Bréfritari: Ólafur Ólafsson
Viðtakandi: Jón Borgfirðingur
Dagsetning: A-1858-03-16
Skrifað á: Syðra-Vallholti  Skag.

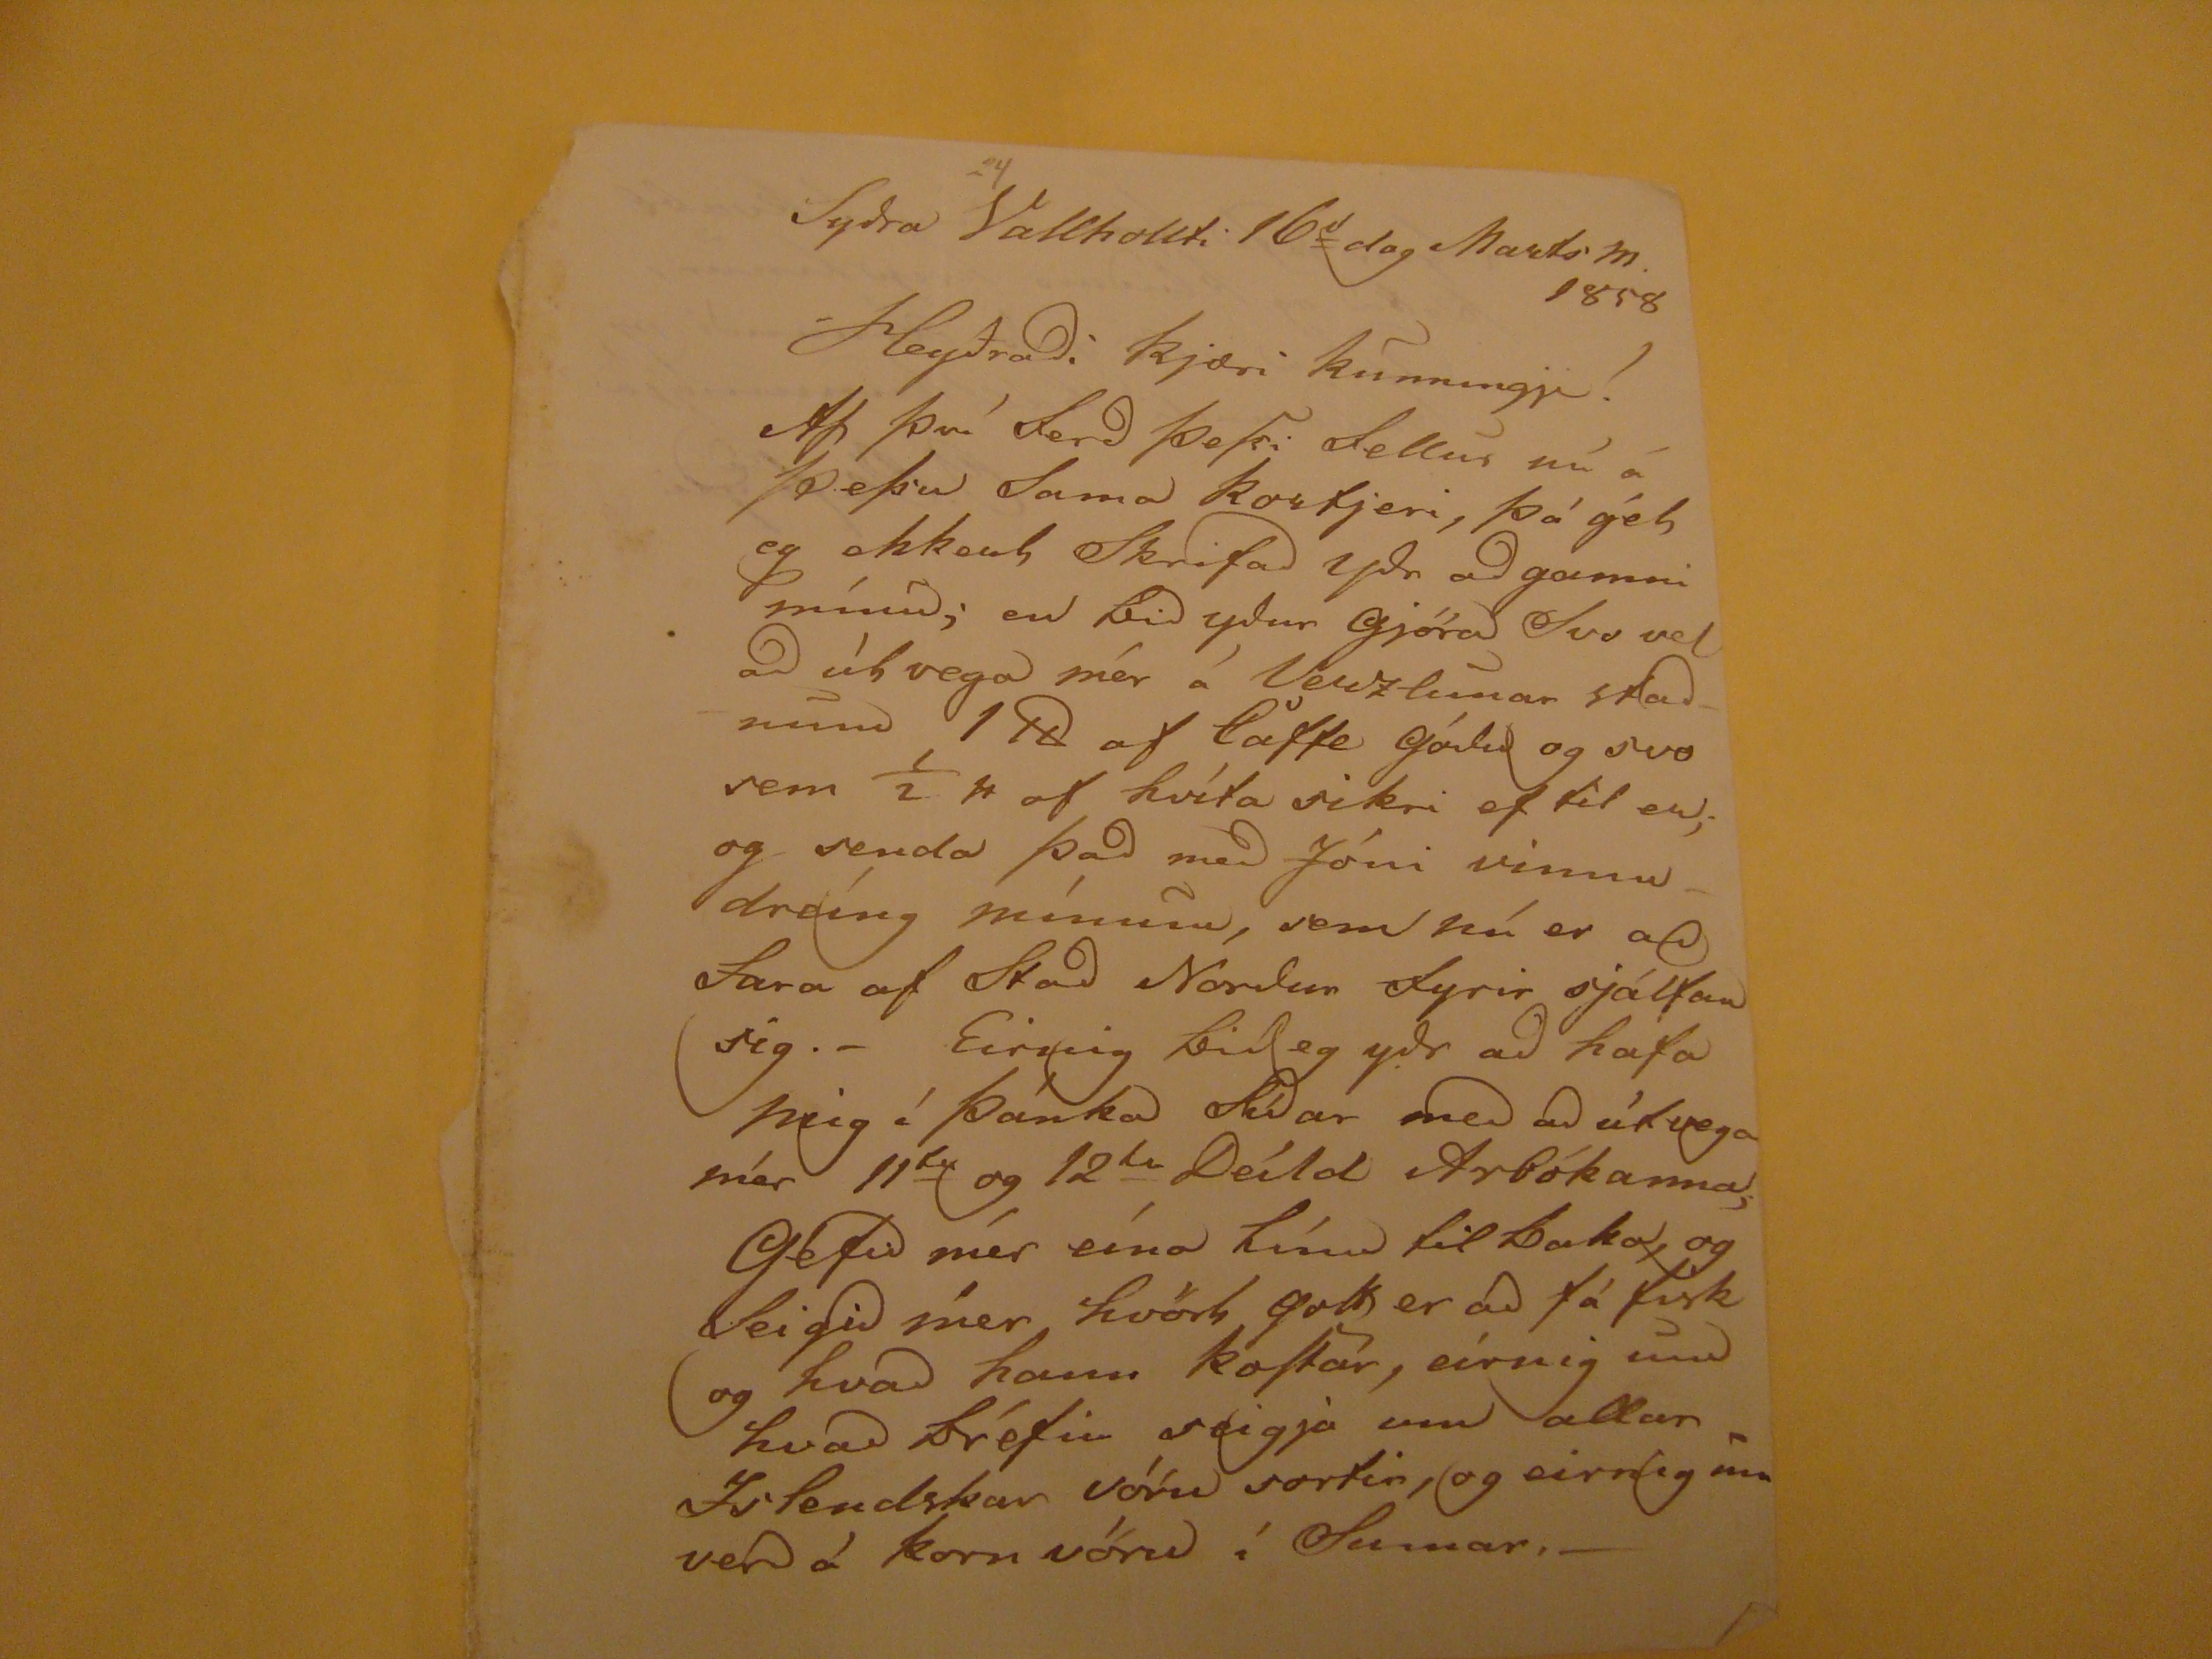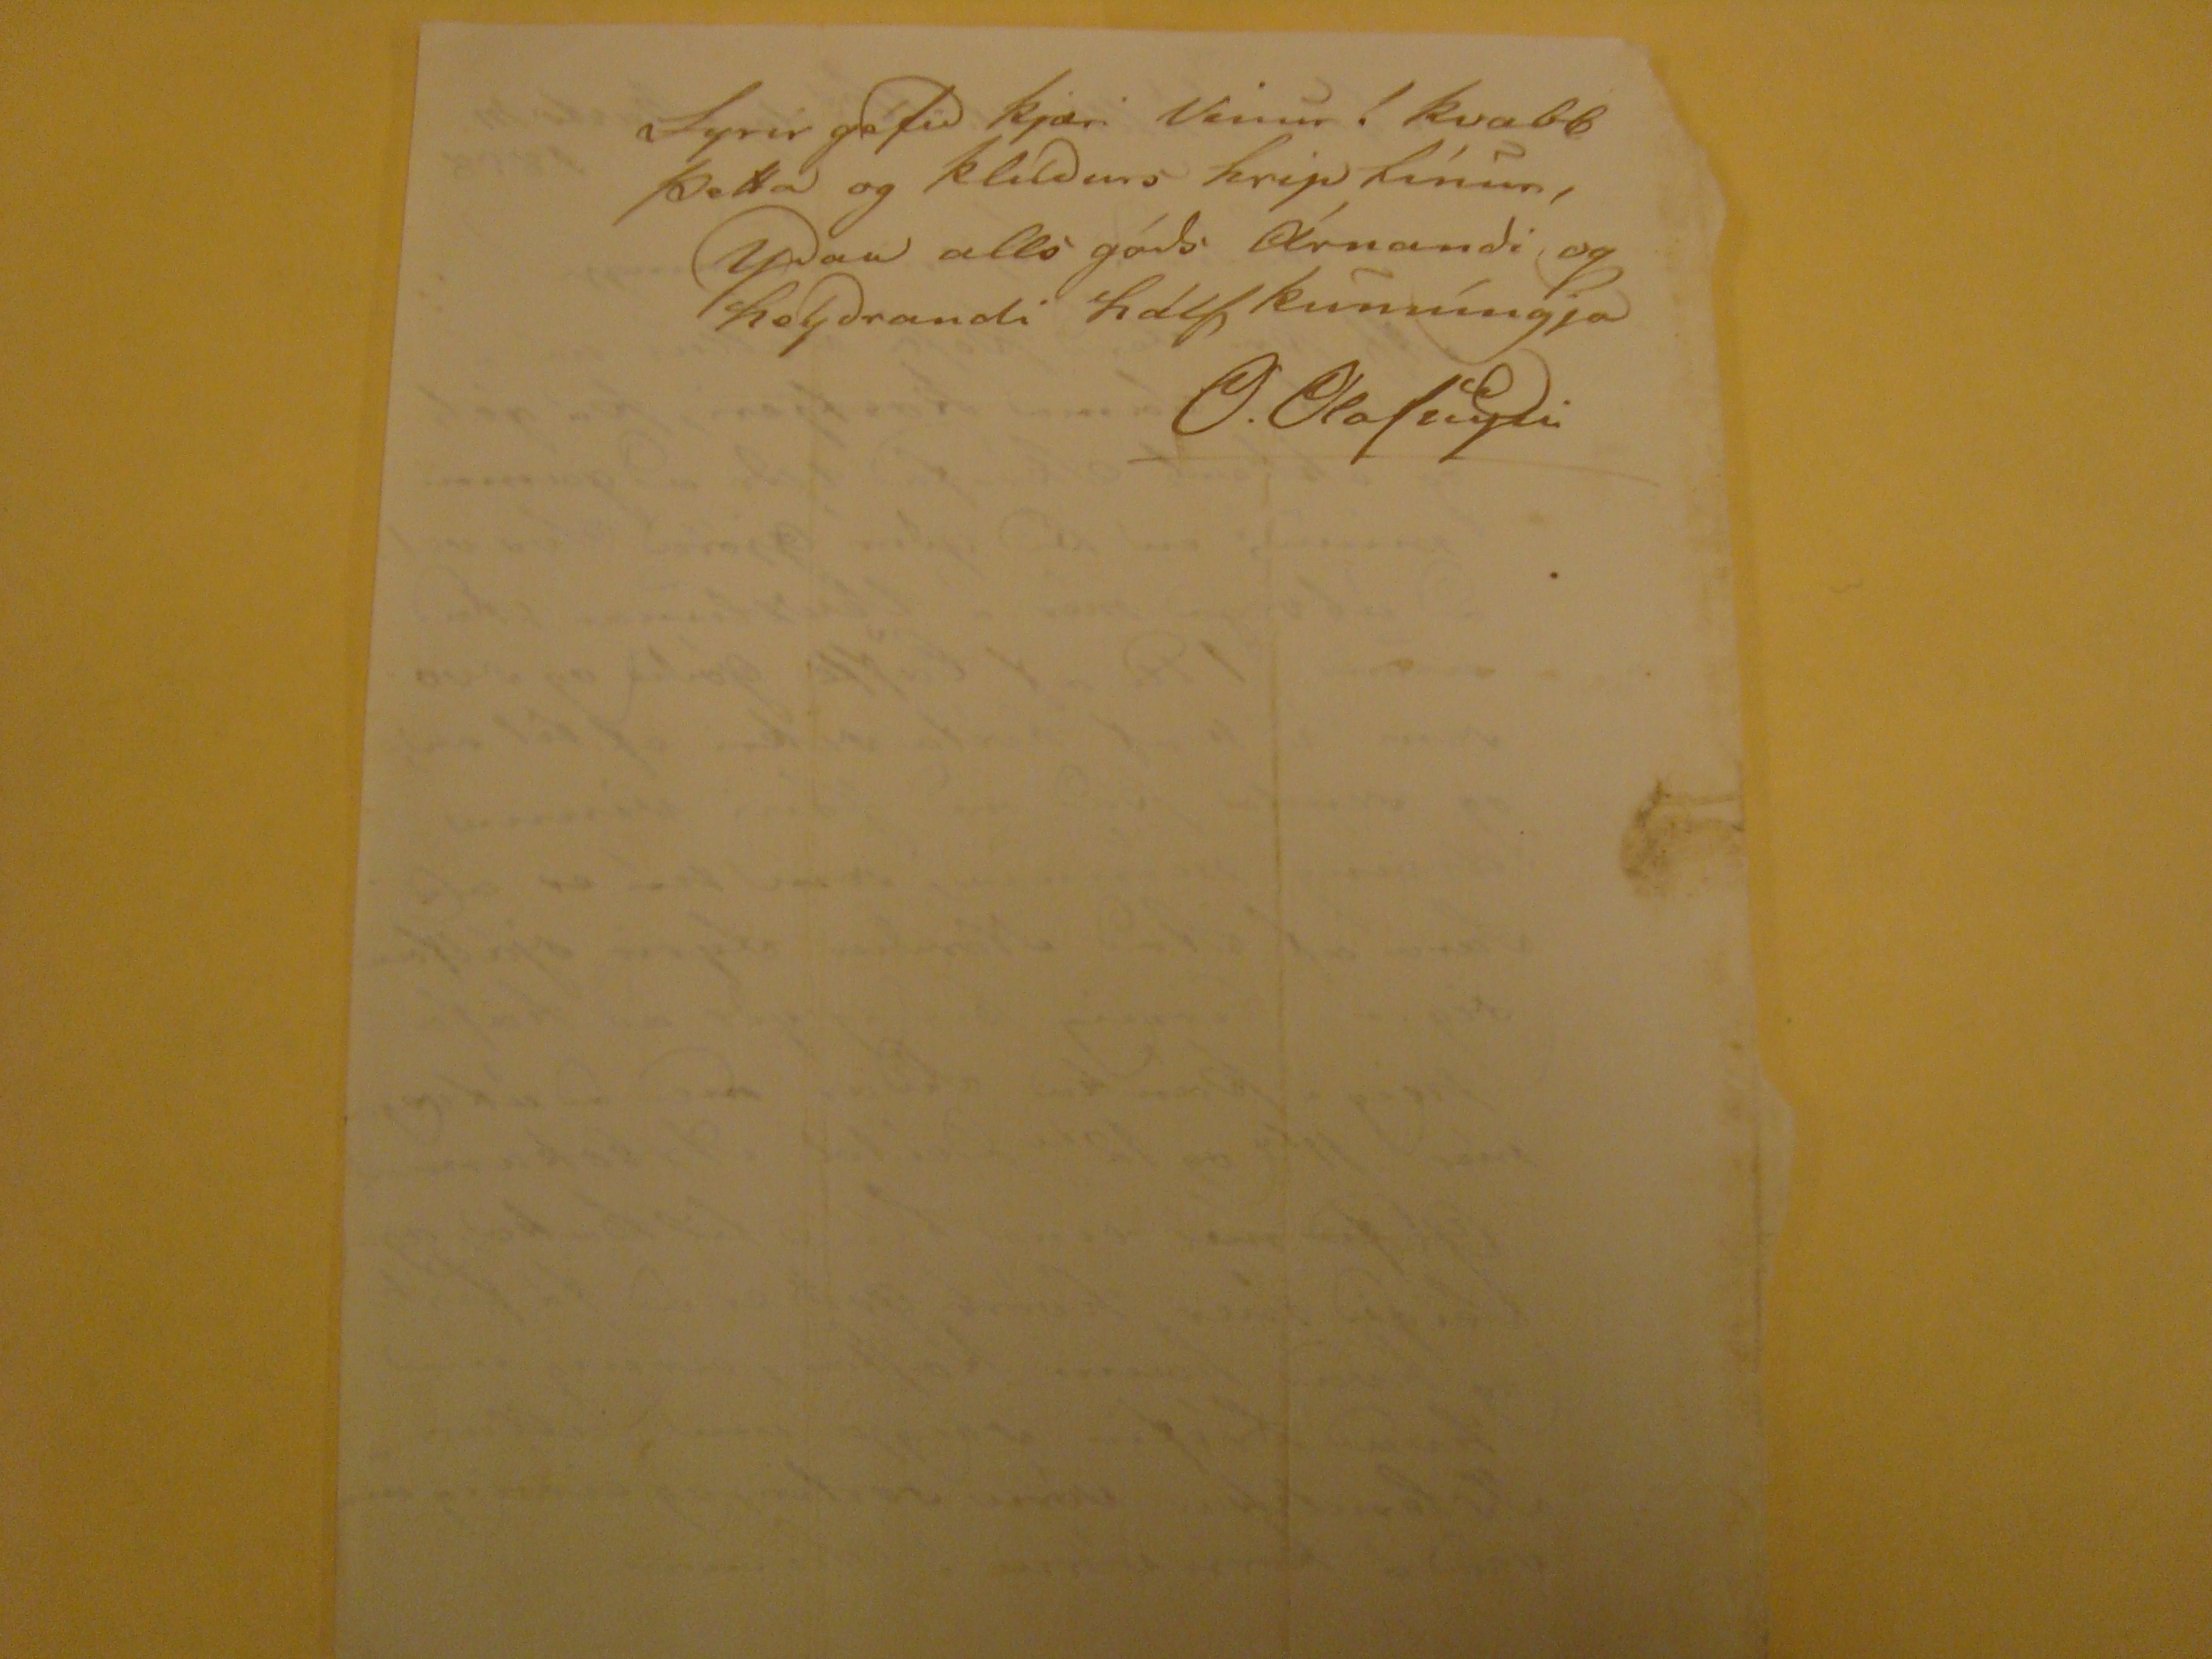

Sydra Vallhollti 16
a
dag Marts m. 1858
Heyðradi kjæri kunningji!
Af því ferd þeSsi fellur nú á þeSsu Sama kortjeri, þá gét eg ekkert Skrifad ydr ad gamni mínu; en bid ydur gjöra Svo vel ad útvega mér á Verslunar stadnum 1
H
af latte gódu og svo sem 1/2 l af hvíta sikri ef til er; og senda þad med Jóni vinnudreíng mínum, sem nú er ad fara af Stad Nordur fyrir sjálfan sig.- Einnig bid eg ydr ad hafa mig í þánka Sídar med ad útvega mér 11
ta
og 12
ta
Deild Arbókanna,Gefid mér eína línu til baka, og Seigid mér hvört gott er ad fá fisk og hvad hann koStar, einnig um hvad bréfin seigja um allar Islendskar vöru sortir, og einnig um verd á korn vöru í Sumar,-
fyrir gefid kjæri Vinur í kvabb þetta og klúdurs hrip línur,
ydar alls góds Árnandi og heydrandi hálf kunníngja
O. Olafssyni